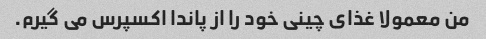
من معمولا غذای چینی خود را از پاندا اکسپرس می گیرم.